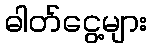
ဓါတ်ငွေ့များ